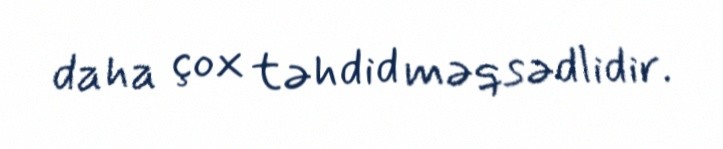
daha çox təhdid məqsədlidir.